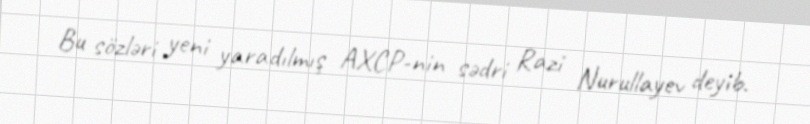
Bu sözləri yeni yaradılmış AXCP-nin sədri Razi Nurullayev deyib.